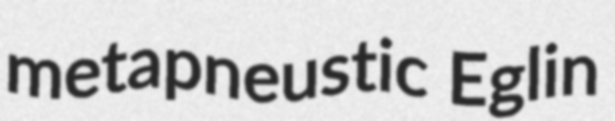
metapneustic Eglin